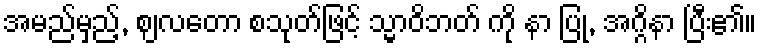
အမည်မှည့်, ဈလတော စသုတ်ဖြင့် သ္မာဝိဘတ် ကို နာ ပြု, အဂ္ဂိနာ ပြီး၏။